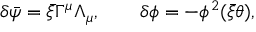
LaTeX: \delta \bar { \psi } = \bar { \xi } \Gamma ^ { \mu } \Lambda _ { \mu } , \qquad \delta \phi = - \phi ^ { 2 } ( \bar { \xi } \theta ) ,